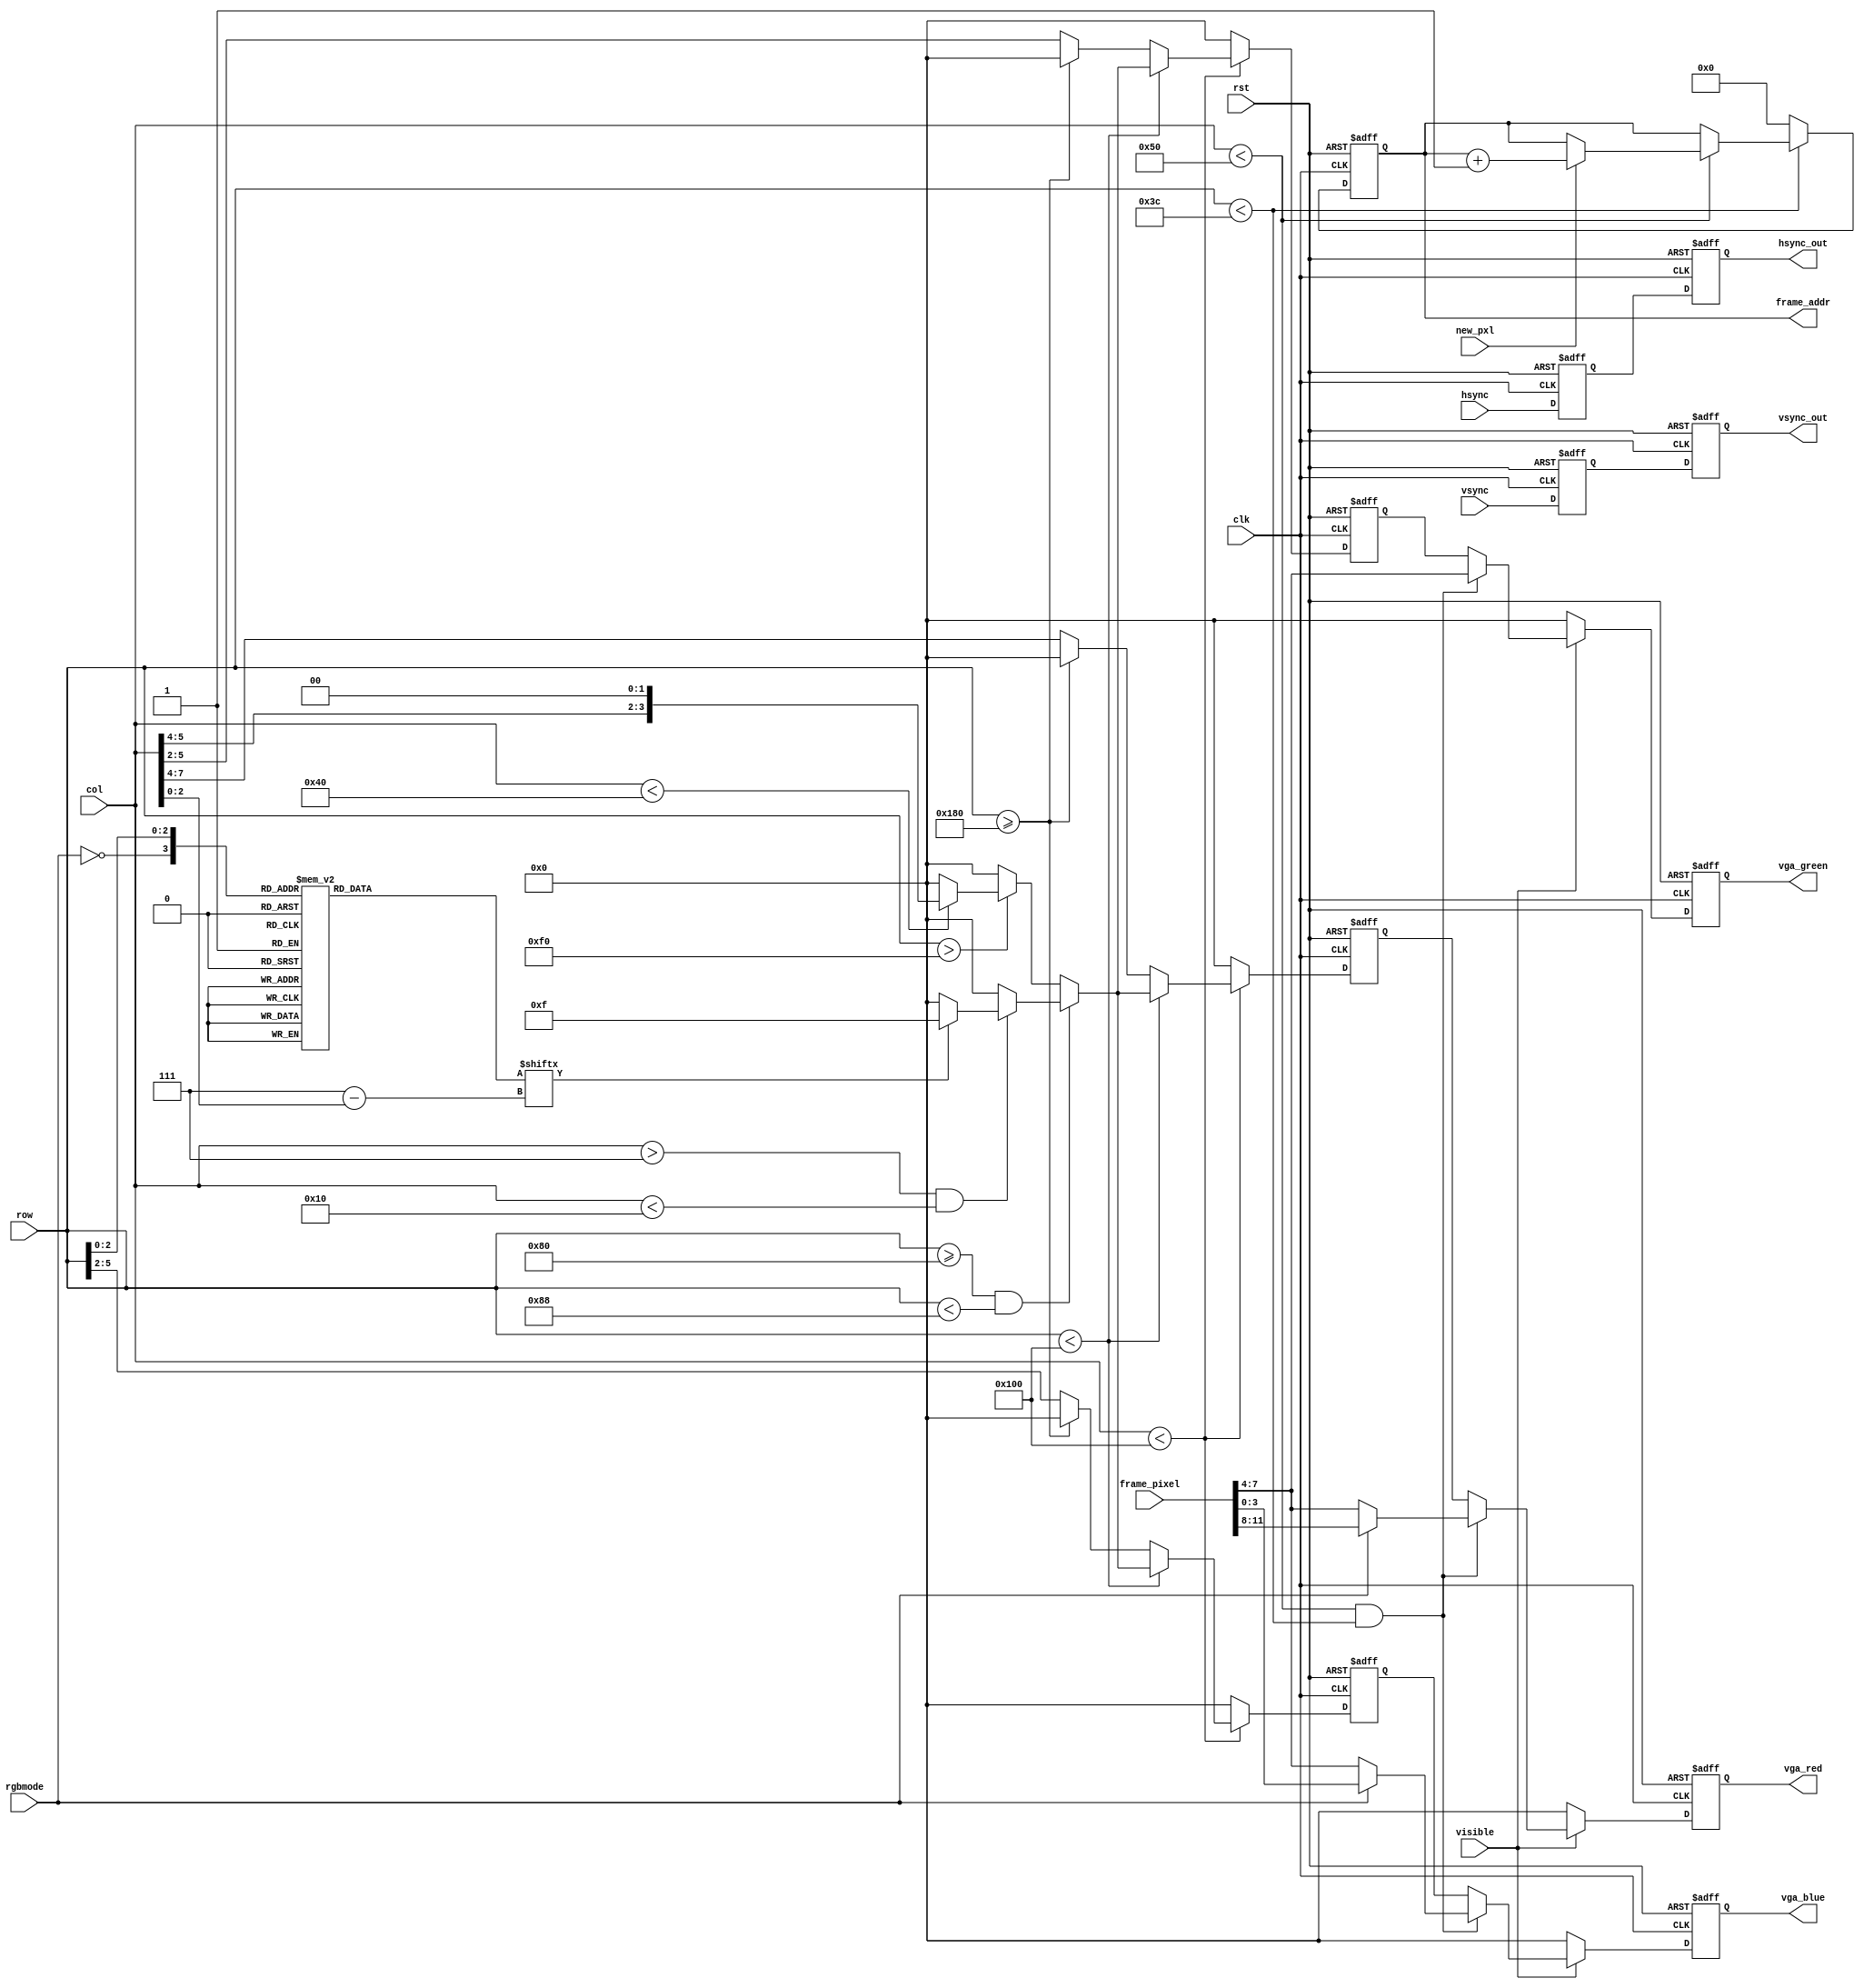
//------------------------------------------------------------------------------
//   Felipe Machado Sanchez
//   Area de Tecnologia Electronica
//   Universidad Rey Juan Carlos
//   https://github.com/felipe-m
//
//   vga_display.v
//   Displays the image on the frambuffer to the VGA
//   outputs are registered to see if the displayed image improves
//

module vga_display
  # (parameter
      // VGA
      // active level of synchronization
      c_synch_act      = 0,
      // VGA
      //c_img_cols    = 640, // 10 bits
      //c_img_rows    = 480, //  9 bits
      //c_img_pxls    = c_img_cols * c_img_rows,
      //c_nb_line_pxls = 10, // log2i(c_img_cols-1) + 1;
      // c_nb_img_pxls = log2i(c_img_pxls-1) + 1
      //c_nb_img_pxls =  19,  //640*480=307,200 -> 2^19=524,288
      // QQVGA
      //c_img_cols    = 160, // 8 bits
      //c_img_rows    = 120, //  7 bits
      //c_img_pxls    = c_img_cols * c_img_rows,
      //c_nb_img_pxls =  15,  //160*120=19.200 -> 2^15
      // QQVGA /2
      c_img_cols    = 80, // 7 bits
      c_img_rows    = 60, //  6 bits
      c_img_pxls    = c_img_cols * c_img_rows,
      c_nb_img_pxls =  13,  //80*60=4800 -> 2^13



    c_nb_buf_red   =  4,  // n bits for red in the buffer (memory)
    c_nb_buf_green =  4,  // n bits for green in the buffer (memory)
    c_nb_buf_blue  =  4,  // n bits for blue in the buffer (memory)
    // word width of the memory (buffer)
    c_nb_buf       =   c_nb_buf_red + c_nb_buf_green + c_nb_buf_blue
  )
  (
    input          rst,       //reset, active high
    input          clk,       //fpga cloc
    input          visible,
    input          new_pxl,
    input          hsync,
    input          vsync,
    input          rgbmode,
    input [10-1:0] col,
    input [10-1:0] row,
    input  [c_nb_buf-1:0] frame_pixel,
    output reg [c_nb_img_pxls-1:0] frame_addr,
    output reg     hsync_out, // registered for synchronization
    output reg     vsync_out,
    output reg [4-1:0] vga_red,
    output reg [4-1:0] vga_green,
    output reg [4-1:0] vga_blue
  );

  reg  [7:0] char_rgbmode, char_testmode;
  wire [2:0] char_row;
  wire [2:0] char_col;
  wire [3:0] addr_rom_rgb;

  reg [4-1:0] vga_red_wr;
  reg [4-1:0] vga_green_wr;
  reg [4-1:0] vga_blue_wr;

  reg [4-1:0] vga_red_rg;
  reg [4-1:0] vga_green_rg;
  reg [4-1:0] vga_blue_rg;
  reg         hsync_rg;
  reg         vsync_rg;


  assign char_row = row[2:0];
  assign char_col = col[2:0];
  assign addr_rom_rgb = {~rgbmode, char_row};

  always @ (addr_rom_rgb) begin
    case (addr_rom_rgb)
      4'h0: char_rgbmode <= 8'b11111100; // R: RGB
      4'h1: char_rgbmode <= 8'b10000010;
      4'h2: char_rgbmode <= 8'b10000010;
      4'h3: char_rgbmode <= 8'b11111100;
      4'h4: char_rgbmode <= 8'b10001000;
      4'h5: char_rgbmode <= 8'b10000100;
      4'h6: char_rgbmode <= 8'b10000010;
      4'h7: char_rgbmode <= 8'b00000000;
      4'h8: char_rgbmode <= 8'b10000010; // Y: YUV
      4'h9: char_rgbmode <= 8'b01000100;
      4'hA: char_rgbmode <= 8'b00111000;
      4'hB: char_rgbmode <= 8'b00010000;
      4'hC: char_rgbmode <= 8'b00010000;
      4'hD: char_rgbmode <= 8'b00010000;
      4'hE: char_rgbmode <= 8'b00010000;
      4'hF: char_rgbmode <= 8'b00000000;
    endcase
  end



  always @ (posedge rst, posedge clk)
  begin
    if (rst)
      frame_addr <= 0;
    else begin
      if (row < c_img_rows) begin
        if (col < c_img_cols) begin
          if (new_pxl)
            //it may have a simulation problem in the last pixel of the last row
            frame_addr <= frame_addr + 1;
        end
      end
      else
        frame_addr <= 0;
    end
  end

  // registering the combinational part, the part that comes from memory
  // is already registered, and registering it would lead to unsynchronization
  always @ (*)
  begin
    vga_red_wr   = {4{1'b0}};
    vga_green_wr = {4{1'b0}};
    vga_blue_wr  = {4{1'b0}};
    if (col < 256) begin
      if (row < 256) begin
        if ((row >= 128) && (row < 128 + 8)) begin
          if ((col > 7) && (col < 16)) begin // RGB MODE
            if (char_rgbmode[7-char_col]) begin
              vga_red_wr   = 4'b1111;
              vga_green_wr = 4'b1111;
              vga_blue_wr  = 4'b1111;
            end
          end
        end
        else if (row > 240) begin
          if (col < 64) begin
            // Test grayscale  square of 16 pixels
            vga_red_wr    = {col[5:4],2'b00};
            vga_green_wr  = {col[5:4],2'b00};
            vga_blue_wr   = {col[5:4],2'b00};
          end 
          else begin// black
            vga_red_wr   = {4{1'b0}};
            vga_green_wr = {4{1'b0}};
            vga_blue_wr  = {4{1'b0}};
          end
        end
      end
      else begin // if (row >= 256) begin
        vga_red_wr   = col[7:4];
        vga_green_wr = col[5:2];
        vga_blue_wr  = row[5:2];
        if (row >= 384) begin
          vga_red_wr   = {4{1'b0}};
          vga_green_wr = {4{1'b0}};
          vga_blue_wr  = {4{1'b0}};
        end
      end
    end
  end

  // registering the combinational part, the part that comes from memory
  // is already registered, and registering it would lead to unsynchronization
  always @ (posedge rst, posedge clk)
  begin
    if (rst) begin
      vga_red_rg   <= {4{1'b0}};
      vga_green_rg <= {4{1'b0}};
      vga_blue_rg  <= {4{1'b0}};
    end
    else begin
      vga_red_rg   <= vga_red_wr;
      vga_green_rg <= vga_green_wr;
      vga_blue_rg  <= vga_blue_wr;
    end
  end



  // registering twice to have the outputs totally registered
  always @ (posedge rst, posedge clk)
  begin
    if (rst) begin
      vga_red   <= {4{1'b0}};
      vga_green <= {4{1'b0}};
      vga_blue  <= {4{1'b0}};
    end
    else begin
      vga_red   <= {4{1'b0}};
      vga_green <= {4{1'b0}};
      vga_blue  <= {4{1'b0}};
      if (visible) begin
        if ((col < c_img_cols) && (row < c_img_rows)) begin
          if (rgbmode) begin
            vga_red   <= frame_pixel[c_nb_buf-1: c_nb_buf-c_nb_buf_red];
            vga_green <= frame_pixel[c_nb_buf-c_nb_buf_red-1:c_nb_buf_blue];
            vga_blue  <= frame_pixel[c_nb_buf_blue-1:0];
          end
          else begin
            vga_red   <= frame_pixel[7:4];
            vga_green <= frame_pixel[7:4];
            vga_blue  <= frame_pixel[7:4];
          end
        end
        else begin
          vga_red   <= vga_red_rg;
          vga_green <= vga_green_rg;
          vga_blue  <= vga_blue_rg;
        end
      end
    end
  end


  // register twice
  always @ (posedge rst, posedge clk)
  begin
    if (rst) begin
      hsync_rg  <= ~c_synch_act;
      hsync_out <= ~c_synch_act;
      vsync_rg  <= ~c_synch_act;
      vsync_out <= ~c_synch_act;
    end
    else begin
      hsync_rg  <= hsync;
      hsync_out <= hsync_rg;
      vsync_rg  <= vsync;
      vsync_out <= vsync_rg;
    end
  end


endmodule